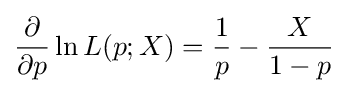
{\frac {\partial }{\partial p}}\ln L(p;X)={\frac {1}{p}}-{\frac {X}{1-p}}